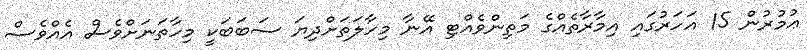
ޢުމުރުން 15 އަހަރުގައި އިމާރާތެއްގެ މަތިންވެއްޓި އޭނާ މިހާލަތަށްދިޔަ ސަބަބަކީ މިހާތަނަށްވެސް އެއްވެސް